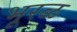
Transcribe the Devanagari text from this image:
भूरळ